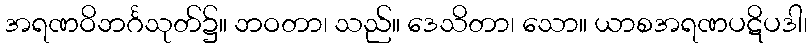
အရဏဝိဘင်္ဂသုတ်၌။ ဘဝတာ၊ သည်။ ဒေသိတာ၊ သော။ ယာစအရဏပဋိပဒါ၊